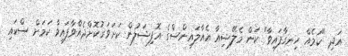
އަދި "ކަމެއް ހިނގާފައިވާ" ކަން މެލޭޝިއާ އެއާލައިންސްގެ އޮފިޝަލުން ކަށަވަރުކޮށްދެއްވާފައިވާ ކަމަށް ސްކައި